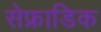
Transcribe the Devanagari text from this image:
सेफ्राडिक